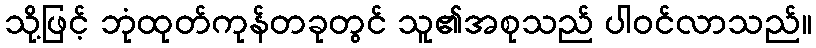
သို့ဖြင့် ဘုံထုတ်ကုန်တခုတွင် သူ၏အစုသည် ပါဝင်လာသည်။